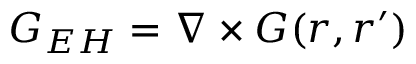
\boldsymbol { G } _ { E H } = \nabla \times \boldsymbol { G } ( \boldsymbol { r } , \boldsymbol { r ^ { \prime } } )